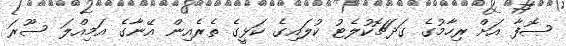
ޞޮފާ އަށް ރިހާމުގެ ގަދަޗޮކުލެޓު ކުލައިގެ ކަޅީގެ ތެރެއިން އޭނާގެ އަމިއްލަ ސޫރަ